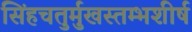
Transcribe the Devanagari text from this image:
सिंहचतुर्मुखस्तम्भशीर्ष